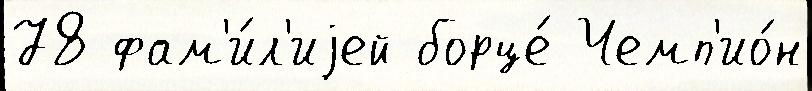
78 фам'и́л'иjей борце́ Чемп'ио́н